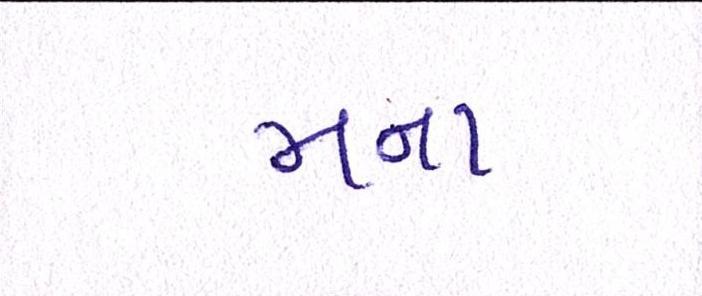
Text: મના